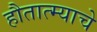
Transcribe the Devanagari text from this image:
हौतात्म्याचे